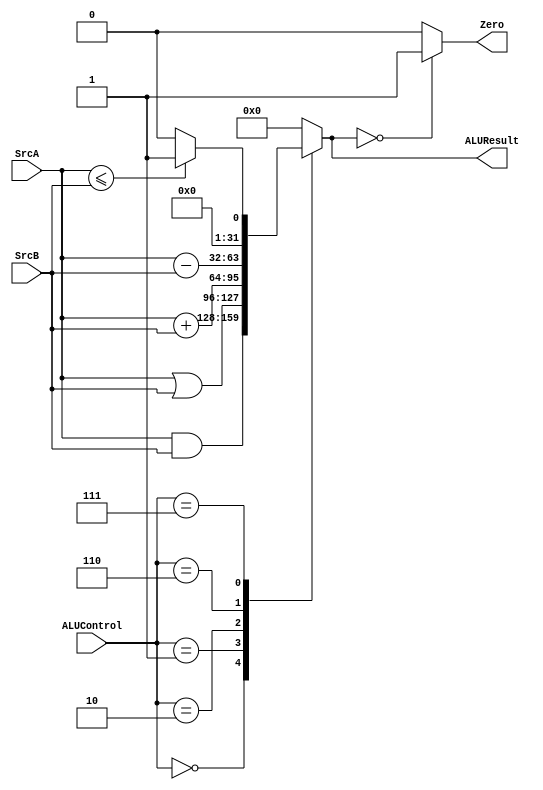
`timescale 1ns / 1ps
//////////////////////////////////////////////////////////////////////////////////
// Company: 
// Engineer: 
// 
// Design Name: 
// Module Name:    ALU 
// Project Name: 
// Target Devices: 
// Tool versions: 
// Description: 
//
// Dependencies: 
//
// Revision: 
// Revision 0.01 - File Created
// Additional Comments: 
//
//////////////////////////////////////////////////////////////////////////////////
module ALU(
	input [31:0]SrcA,
	input [31:0]SrcB,
	input [2:0]ALUControl,
	output reg Zero,
	output reg [31:0]ALUResult
    );
parameter	A_AND	= 3'b000;
parameter	A_OR	= 3'b001;
parameter	A_ADD	= 3'b010;
parameter	A_SUB = 3'b110;
parameter	A_SOLT = 3'b111;

always@(*)
begin
	case(ALUControl)
		A_AND: 	ALUResult<=SrcA&SrcB;
		A_OR:	 	ALUResult<=SrcA|SrcB;
		A_ADD: 	ALUResult<=SrcA+SrcB;
		A_SUB: 	ALUResult<=SrcA-SrcB;
		A_SOLT:
		begin
					if(SrcA<=SrcB)
						ALUResult<=1;
					else ALUResult<=0;
		end
		default: ALUResult<=0;
	endcase
	if(ALUResult==0)
		Zero<=1;
	else Zero<=0;
end

endmodule